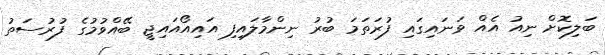
ބަލިކޮށް ނިއު އެއް ވަނައިގައި ފުރަތަމަ ބުރު ނިންމާލައިފި އައިއޯއައިޖީ ބޭއްވުމުގެ ފުރުސަތު